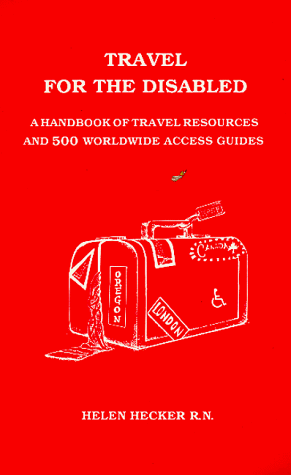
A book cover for Travel for the Disabled: A Handbook of Travel Resources and 500 World Wide Access Guides; Helen Hecker; Travel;